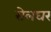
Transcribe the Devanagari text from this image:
सेलघर